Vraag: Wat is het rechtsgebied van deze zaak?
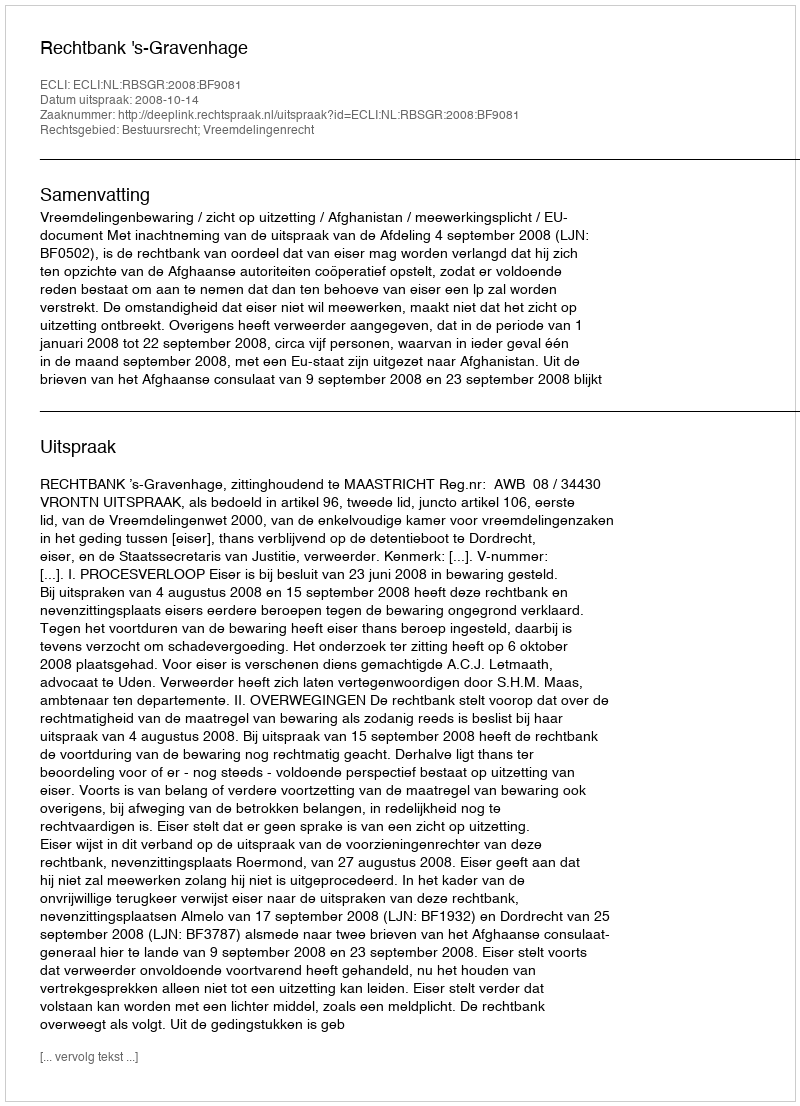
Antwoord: Bestuursrecht; Vreemdelingenrecht